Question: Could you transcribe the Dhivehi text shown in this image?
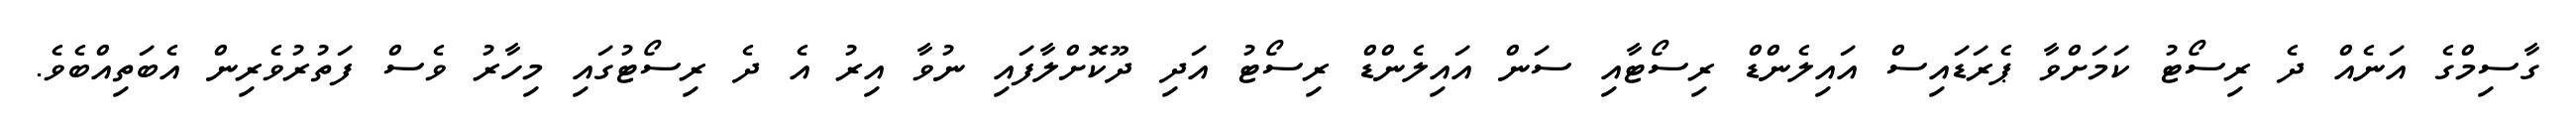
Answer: ގާސިމްގެ އަނެއް ދެ ރިސޯޓު ކަމަށްވާ ޕެރަޑައިސް އައިލެންޑް ރިސޯޓާއި ސަން އައިލެންޑް ރިސޯޓު އަދި ދޫކޮށްލާފައި ނުވާ އިރު އެ ދެ ރިސޯޓުގައި މިހާރު ވެސް ފަތުރުވެރިން އެބަތިއްބެވެ.